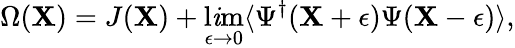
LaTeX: \Omega(\mathbf{X})=J(\mathbf{X})+\operatorname*{l\mathit{i}m}_{\epsilon\rightarrow0}\langle\Psi^{\dagger}(\mathbf{X}+\epsilon)\Psi(\mathbf{X}-\epsilon)\rangle,